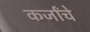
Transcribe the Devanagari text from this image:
कर्जांचे